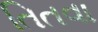
તિતવા